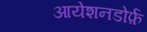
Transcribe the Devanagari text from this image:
आयेशनडोर्फ़